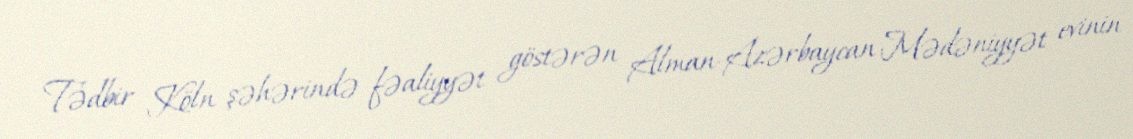
Tədbir Köln şəhərində fəaliyyət göstərən Alman-Azərbaycan Mədəniyyət evinin